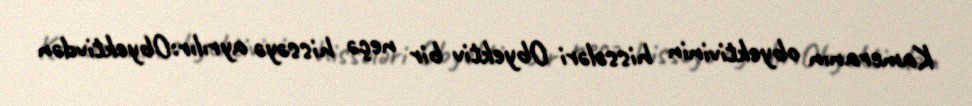
Kameranın obyektivinin hissələri Obyektiv bir neçə hissəyə ayrılır:Obyektivdən